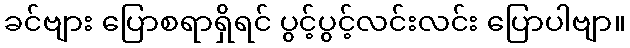
ခင်ဗျား ပြောစရာရှိရင် ပွင့်ပွင့်လင်းလင်း ပြောပါဗျာ။